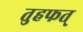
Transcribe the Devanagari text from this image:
तुहफत्